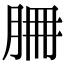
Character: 𦚻